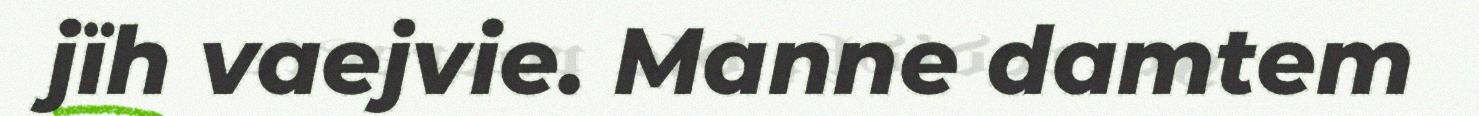
jïh vaejvie. Manne damtem